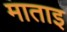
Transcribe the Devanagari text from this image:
माताइ